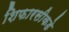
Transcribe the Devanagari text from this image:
शिफारसीकडे